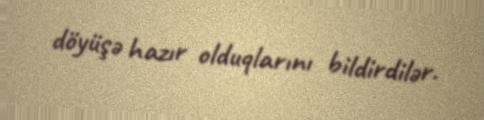
döyüşə hazır olduqlarını bildirdilər.